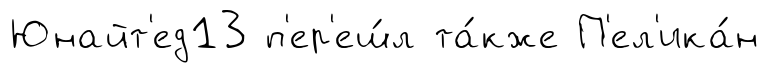
Юнайт'ед13 п'ер'еш́л та́кже П'ел'ика́н